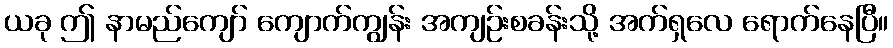
ယခု ဤ နာမည်ကျော် ကျောက်ကျွန်း အကျဉ်းစခန်းသို့ အက်ရှလေ ရောက်နေပြီ။